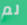
لم